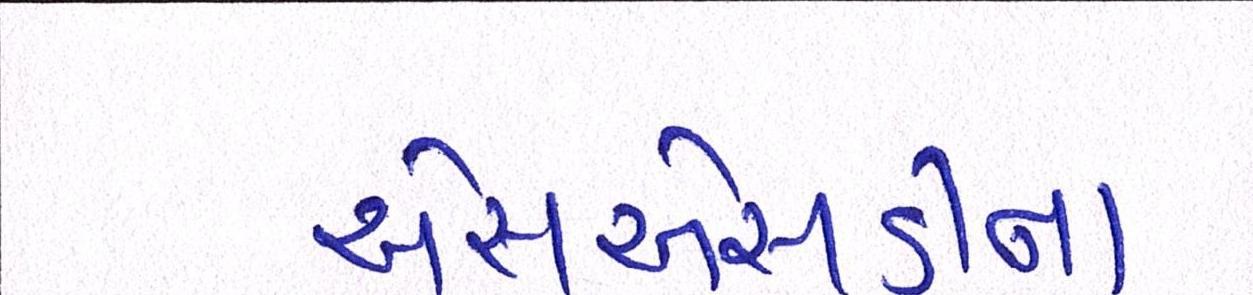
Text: એસએસડીના